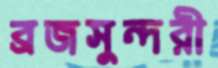
ব্রজসুন্দরী